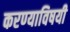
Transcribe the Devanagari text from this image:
करण्‍याविषयी